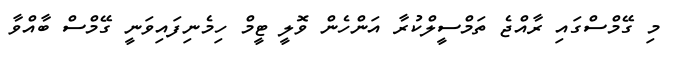
މި ގޭމްސްގައި ރާއްޖެ ތަމްސީލްކުރާ އަންހެން ވޮލީ ޓީމް ހިމެނިފައިވަނީ ގޭމްސް ބާއްވާ